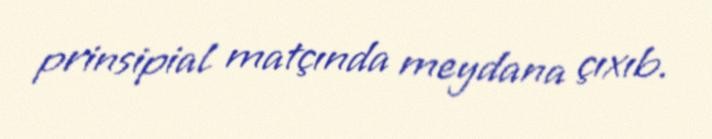
prinsipial matçında meydana çıxıb.